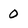
Character: 0